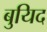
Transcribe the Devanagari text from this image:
बुयिद